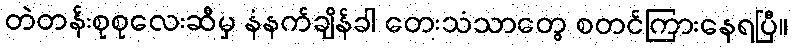
တဲတန်းစုစုလေးဆီမှ နံနက်ချိန်ခါ တေးသံသာတွေ စတင်ကြားနေရပြီ။